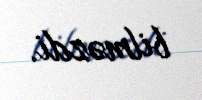
bilməzdi.